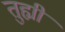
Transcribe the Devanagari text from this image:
तुह्मीं